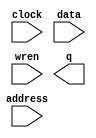
// megafunction wizard: %RAM: 1-PORT%VBB%
// GENERATION: STANDARD
// VERSION: WM1.0
// MODULE: altsyncram 

// ============================================================
// Megafunction Name(s):
// 			altsyncram
//
// Simulation Library Files(s):
// 			altera_mf
// ============================================================
// ************************************************************
// THIS IS A WIZARD-GENERATED FILE. DO NOT EDIT THIS FILE!
//
// 18.0.0 Build 614 04/24/2018 SJ Lite Edition
// ************************************************************

//Copyright (C) 2018  Intel Corporation. All rights reserved.
//Your use of Intel Corporation's design tools, logic functions 
//and other software and tools, and its AMPP partner logic 
//functions, and any output files from any of the foregoing 
//(including device programming or simulation files), and any 
//associated documentation or information are expressly subject 
//to the terms and conditions of the Intel Program License 
//Subscription Agreement, the Intel Quartus Prime License Agreement,
//the Intel FPGA IP License Agreement, or other applicable license
//agreement, including, without limitation, that your use is for
//the sole purpose of programming logic devices manufactured by
//Intel and sold by Intel or its authorized distributors.  Please
//refer to the applicable agreement for further details.

module newnewfs4 (
	address,
	clock,
	data,
	wren,
	q);

	input	[13:0]  address;
	input	  clock;
	input	[9:0]  data;
	input	  wren;
	output	[9:0]  q;
`ifndef ALTERA_RESERVED_QIS
// synopsys translate_off
`endif
	tri1	  clock;
`ifndef ALTERA_RESERVED_QIS
// synopsys translate_on
`endif

endmodule

// ============================================================
// CNX file retrieval info
// ============================================================
// Retrieval info: PRIVATE: ADDRESSSTALL_A NUMERIC "0"
// Retrieval info: PRIVATE: AclrAddr NUMERIC "0"
// Retrieval info: PRIVATE: AclrByte NUMERIC "0"
// Retrieval info: PRIVATE: AclrData NUMERIC "0"
// Retrieval info: PRIVATE: AclrOutput NUMERIC "0"
// Retrieval info: PRIVATE: BYTE_ENABLE NUMERIC "0"
// Retrieval info: PRIVATE: BYTE_SIZE NUMERIC "8"
// Retrieval info: PRIVATE: BlankMemory NUMERIC "0"
// Retrieval info: PRIVATE: CLOCK_ENABLE_INPUT_A NUMERIC "0"
// Retrieval info: PRIVATE: CLOCK_ENABLE_OUTPUT_A NUMERIC "0"
// Retrieval info: PRIVATE: Clken NUMERIC "0"
// Retrieval info: PRIVATE: DataBusSeparated NUMERIC "1"
// Retrieval info: PRIVATE: IMPLEMENT_IN_LES NUMERIC "0"
// Retrieval info: PRIVATE: INIT_FILE_LAYOUT STRING "PORT_A"
// Retrieval info: PRIVATE: INIT_TO_SIM_X NUMERIC "0"
// Retrieval info: PRIVATE: INTENDED_DEVICE_FAMILY STRING "Cyclone V"
// Retrieval info: PRIVATE: JTAG_ENABLED NUMERIC "0"
// Retrieval info: PRIVATE: JTAG_ID STRING "NONE"
// Retrieval info: PRIVATE: MAXIMUM_DEPTH NUMERIC "0"
// Retrieval info: PRIVATE: MIFfilename STRING "./mif/newnewfs4.mif"
// Retrieval info: PRIVATE: NUMWORDS_A NUMERIC "16384"
// Retrieval info: PRIVATE: RAM_BLOCK_TYPE NUMERIC "0"
// Retrieval info: PRIVATE: READ_DURING_WRITE_MODE_PORT_A NUMERIC "3"
// Retrieval info: PRIVATE: RegAddr NUMERIC "1"
// Retrieval info: PRIVATE: RegData NUMERIC "1"
// Retrieval info: PRIVATE: RegOutput NUMERIC "1"
// Retrieval info: PRIVATE: SYNTH_WRAPPER_GEN_POSTFIX STRING "0"
// Retrieval info: PRIVATE: SingleClock NUMERIC "1"
// Retrieval info: PRIVATE: UseDQRAM NUMERIC "1"
// Retrieval info: PRIVATE: WRCONTROL_ACLR_A NUMERIC "0"
// Retrieval info: PRIVATE: WidthAddr NUMERIC "14"
// Retrieval info: PRIVATE: WidthData NUMERIC "10"
// Retrieval info: PRIVATE: rden NUMERIC "0"
// Retrieval info: LIBRARY: altera_mf altera_mf.altera_mf_components.all
// Retrieval info: CONSTANT: CLOCK_ENABLE_INPUT_A STRING "BYPASS"
// Retrieval info: CONSTANT: CLOCK_ENABLE_OUTPUT_A STRING "BYPASS"
// Retrieval info: CONSTANT: INIT_FILE STRING "./mif/newnewfs4.mif"
// Retrieval info: CONSTANT: INTENDED_DEVICE_FAMILY STRING "Cyclone V"
// Retrieval info: CONSTANT: LPM_HINT STRING "ENABLE_RUNTIME_MOD=NO"
// Retrieval info: CONSTANT: LPM_TYPE STRING "altsyncram"
// Retrieval info: CONSTANT: NUMWORDS_A NUMERIC "16384"
// Retrieval info: CONSTANT: OPERATION_MODE STRING "SINGLE_PORT"
// Retrieval info: CONSTANT: OUTDATA_ACLR_A STRING "NONE"
// Retrieval info: CONSTANT: OUTDATA_REG_A STRING "CLOCK0"
// Retrieval info: CONSTANT: POWER_UP_UNINITIALIZED STRING "FALSE"
// Retrieval info: CONSTANT: READ_DURING_WRITE_MODE_PORT_A STRING "NEW_DATA_NO_NBE_READ"
// Retrieval info: CONSTANT: WIDTHAD_A NUMERIC "14"
// Retrieval info: CONSTANT: WIDTH_A NUMERIC "10"
// Retrieval info: CONSTANT: WIDTH_BYTEENA_A NUMERIC "1"
// Retrieval info: USED_PORT: address 0 0 14 0 INPUT NODEFVAL "address[13..0]"
// Retrieval info: USED_PORT: clock 0 0 0 0 INPUT VCC "clock"
// Retrieval info: USED_PORT: data 0 0 10 0 INPUT NODEFVAL "data[9..0]"
// Retrieval info: USED_PORT: q 0 0 10 0 OUTPUT NODEFVAL "q[9..0]"
// Retrieval info: USED_PORT: wren 0 0 0 0 INPUT NODEFVAL "wren"
// Retrieval info: CONNECT: @address_a 0 0 14 0 address 0 0 14 0
// Retrieval info: CONNECT: @clock0 0 0 0 0 clock 0 0 0 0
// Retrieval info: CONNECT: @data_a 0 0 10 0 data 0 0 10 0
// Retrieval info: CONNECT: @wren_a 0 0 0 0 wren 0 0 0 0
// Retrieval info: CONNECT: q 0 0 10 0 @q_a 0 0 10 0
// Retrieval info: GEN_FILE: TYPE_NORMAL newnewfs4.v TRUE
// Retrieval info: GEN_FILE: TYPE_NORMAL newnewfs4.inc FALSE
// Retrieval info: GEN_FILE: TYPE_NORMAL newnewfs4.cmp FALSE
// Retrieval info: GEN_FILE: TYPE_NORMAL newnewfs4.bsf FALSE
// Retrieval info: GEN_FILE: TYPE_NORMAL newnewfs4_inst.v FALSE
// Retrieval info: GEN_FILE: TYPE_NORMAL newnewfs4_bb.v TRUE
// Retrieval info: LIB_FILE: altera_mf